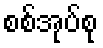
စစ်အုပ်စု